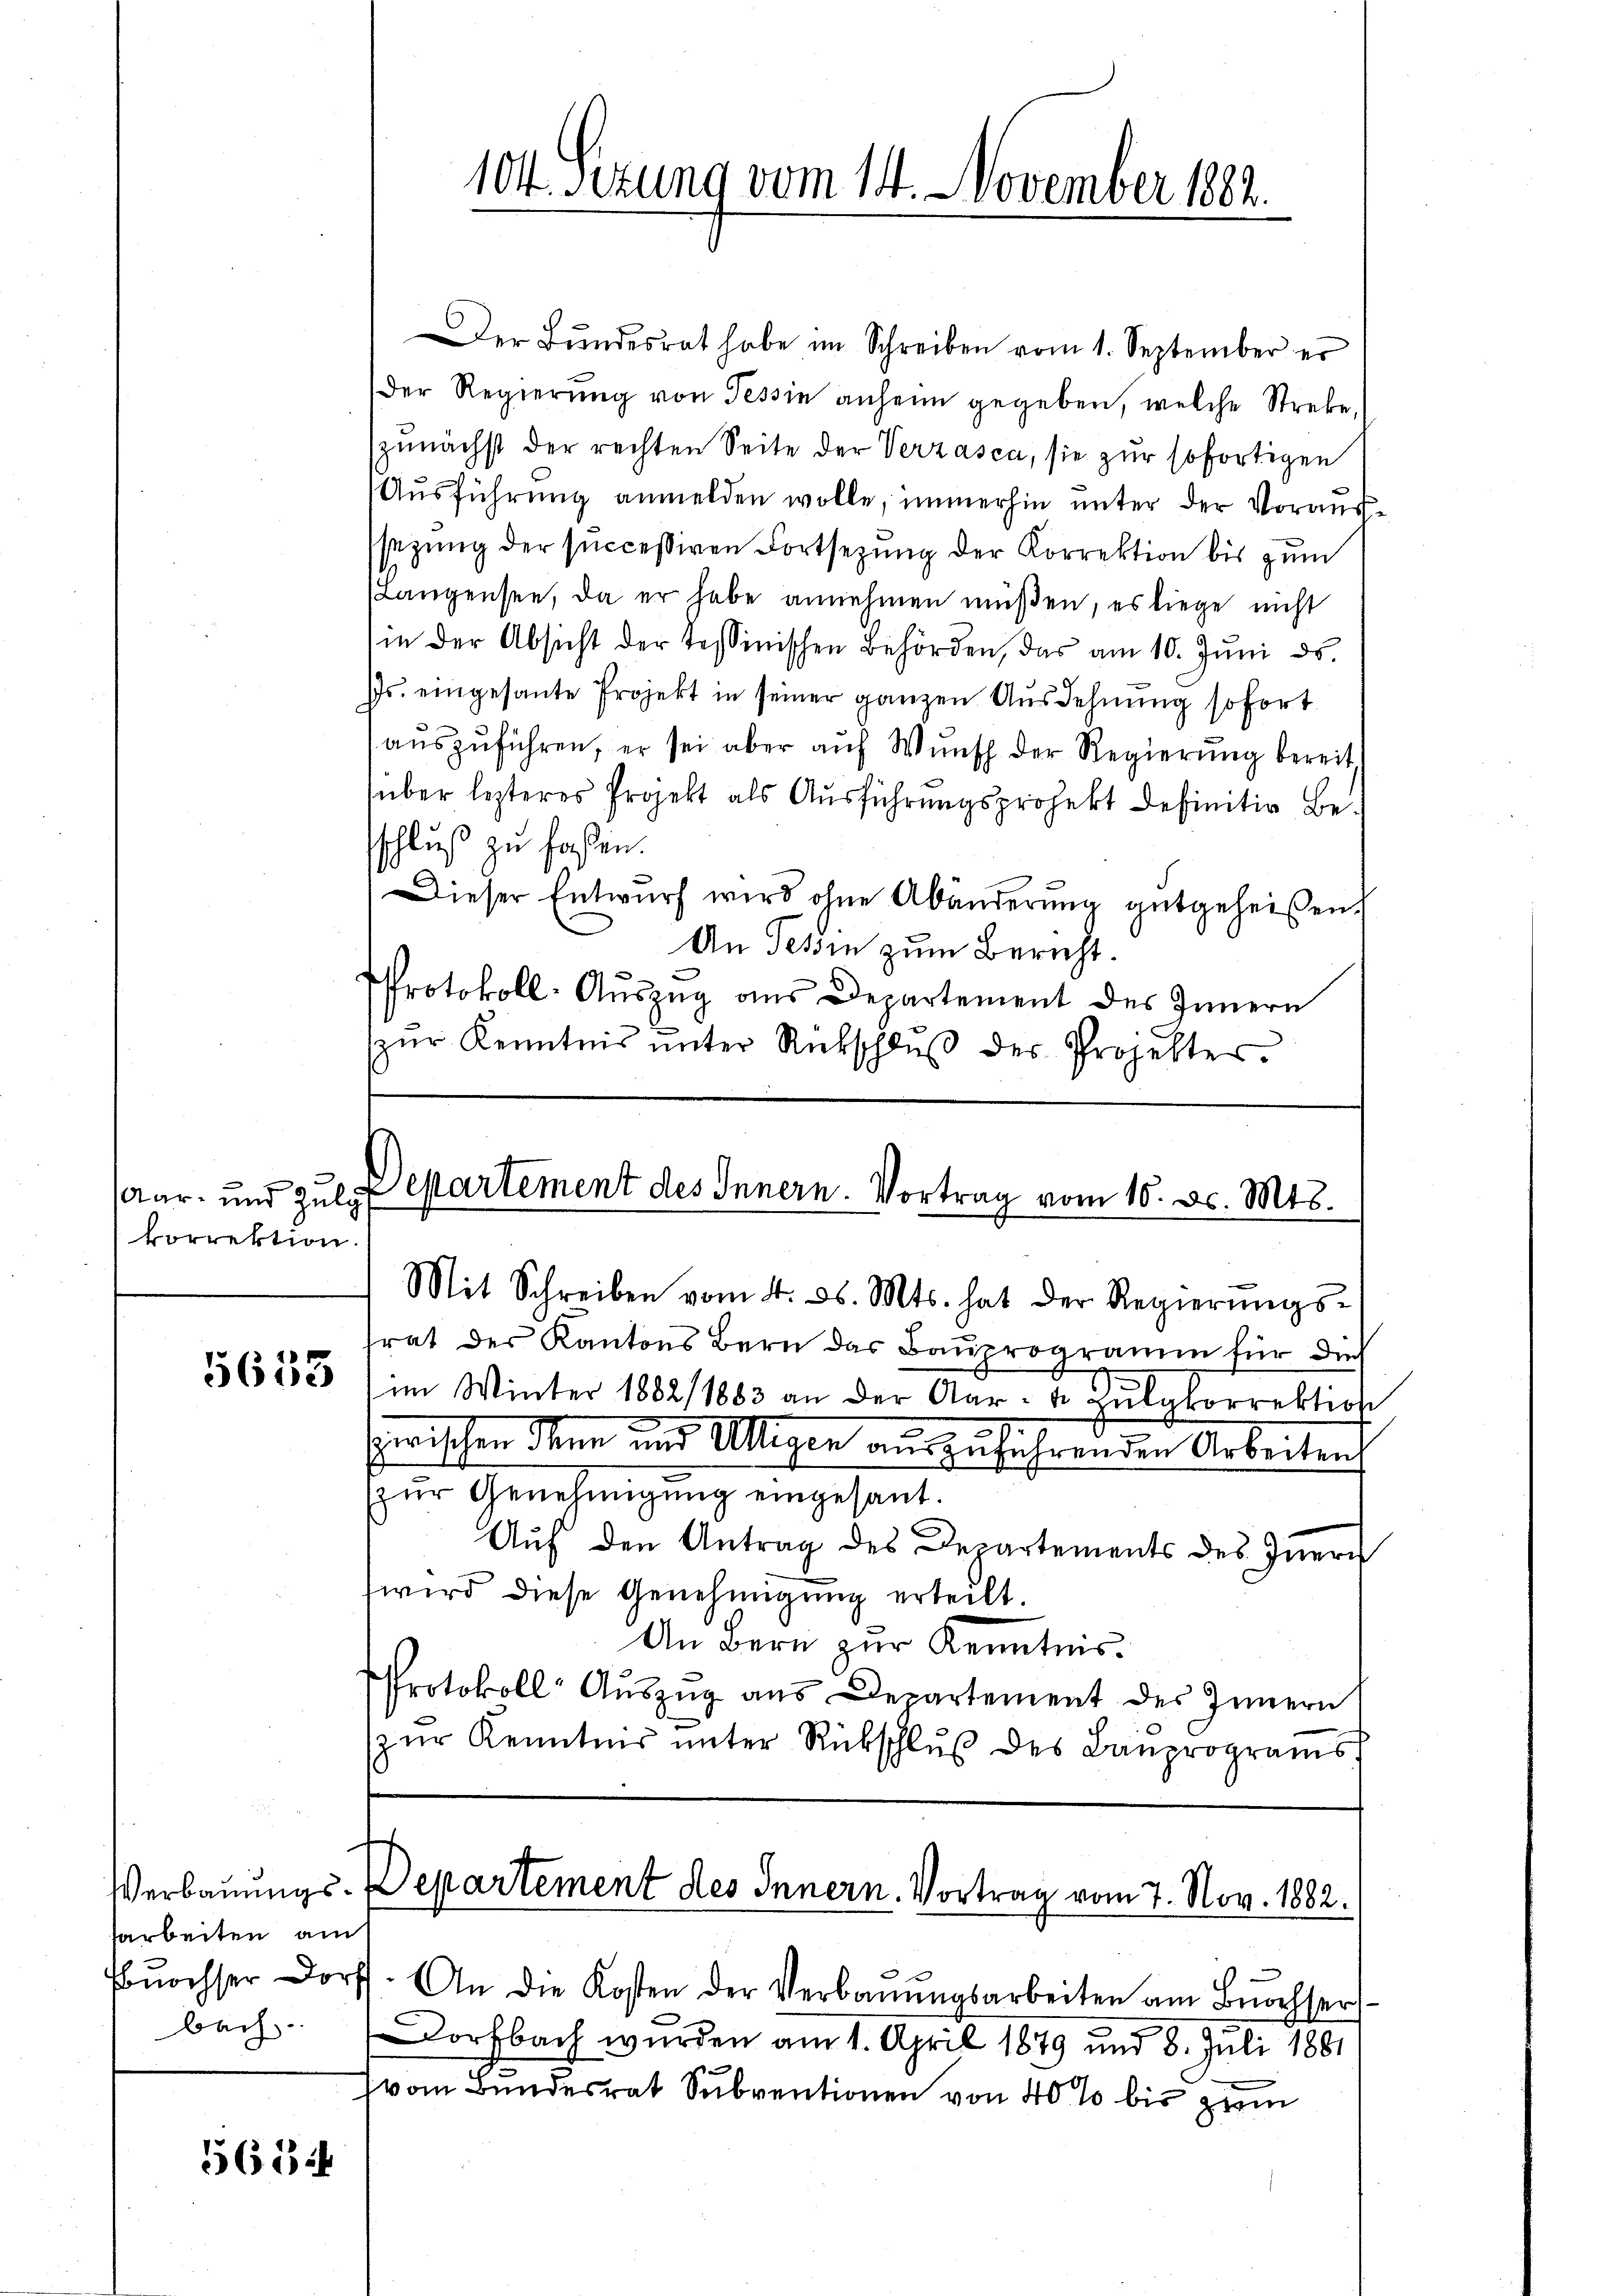
Aar- und Zula
korrektion.

2
5600

sarbeiten au
bach.

5654

104 Sezung vom 14. November 1882.

Der Bŭndesrat habe im Schreiben vom 1. September er
Der Regierŭng von Tessin anheim gegeben, welche Streke,
zunächst der rechten Seite der Verzasca, sie zur sofortigen
Ausführung anmelden wolle, immerhin unter der Vorausssezung der successiven Fortsetzung der Korrektion bis zum
Langensee, da er habe annehmen müßen, es liege nicht
in der Absicht der tessinischen Behörden, das am 10. Jŭni ds.
Js. eingesante Projekt in seiner ganzen Ausdehnung sofort
auszuführen, er sei aber auf Wunsch der Regierung bereit
über lezteres Projekt als Aŭsführungsprojekt definitiv be-
sschluß zu faßen.
Dieser Entwurf wird ohne Abänderung gutgeheißen,
An Tessin zum Bericht.
Protokoll-Aŭszŭg ans Departement des Innern
zŭr Kenntnis ŭnter Rückschlŭβ des Projekter.

Departement des Innern. Vortrag vom 10. d. Mts.

Mit Schreiben vom 4. ds. Mts. hat der Regierŭngs-
trat der Kantons Bern das Bauprogramm für die
im Winter 1882/1883 an der Aar- u Zŭlgkorrektion
hinischen den und Altigen auszuführenden Arbeitenh
zŭr Genehmigung eingesant.
Auf den Antrag des Departements des Innern
wird diese Genehmigung erteilt.
An Bern zur Kenntnis.
Protokoll Aŭszŭg ans Departement des Innern
zŭr Kenntnis ŭnter Rückschlŭβ des Bauprograms

Verbauungs-Departement des Innern. Vortrag vom 7. Nov. 1882.

Bŭrchser Dorf. An die Kosten der Verbaŭŭngsarbeiten am Bŭrchser
Dorfbach wurden am 1. April 1879 und 8. Juli 1881
vom Bundesrat Subventionen von 40% bis zum